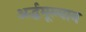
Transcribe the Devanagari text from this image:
अर्द्धमूल्वान